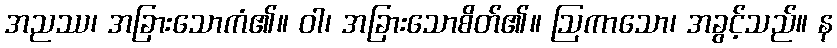
အညဿ၊ အခြားသောကံ၏။ ဝါ၊ အခြားသောစိတ်၏။ ဩကာသော၊ အခွင့်သည်။ န